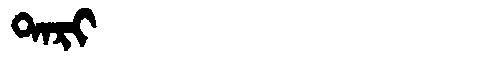
Manchu: ᡨᠠᡵᡳ
Romanization: TARI